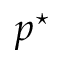
p ^ { \star }